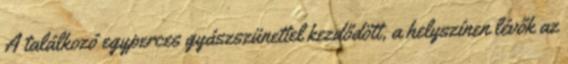
A találkozó egyperces gyászszünettel kezdődött, a helyszínen lévők az